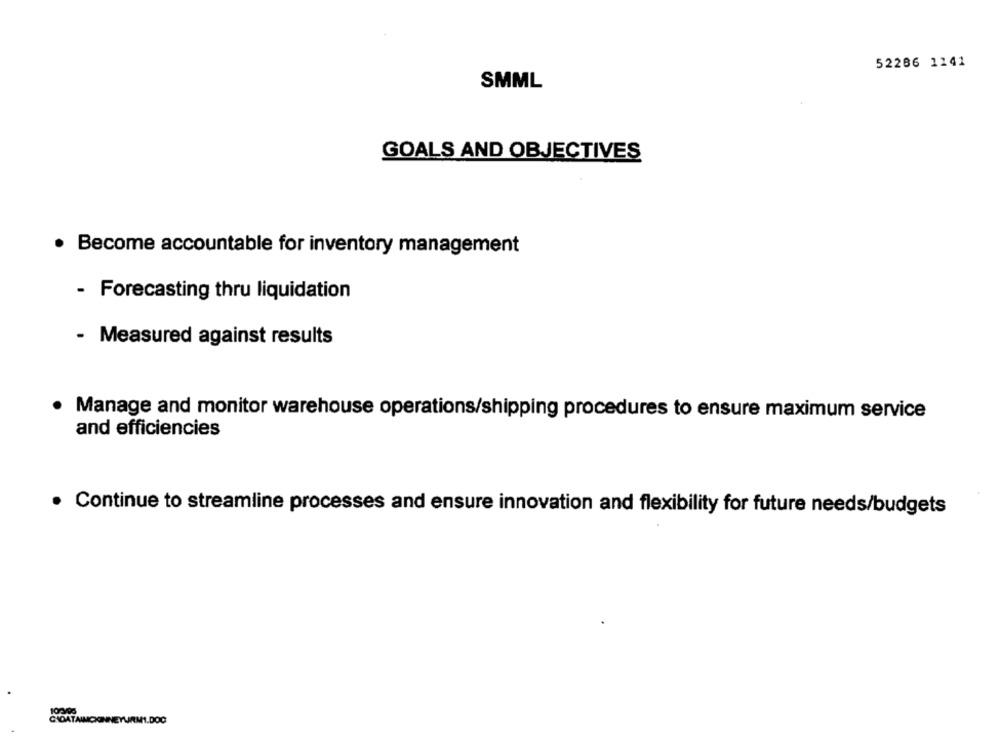
52266 1241
SMML
GOALS AND OBJECTIVES
Become accountable for inventory management
- Forecasting thru liquidation
- Measured against results
· Manage and monitor warehouse operations/shipping procedures to ensure maximum service
and efficiencies
· Continue to streamline processes and ensure innovation and flexibility for future needs/budgets
GIDATAIMCKINNEYURMI.DOC